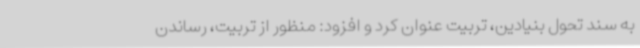
به سند تحول بنیادین، تربیت عنوان کرد و افزود: منظور از تربیت، رساندن